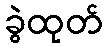
ခွဲထုတ်